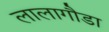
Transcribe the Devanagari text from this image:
लालागौडा